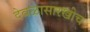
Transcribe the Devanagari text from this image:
देवळासारखीच